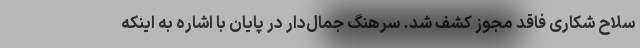
سلاح شکاری فاقد مجوز کشف شد. سرهنگ جمال‌دار در پایان با اشاره به اینکه